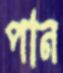
পান